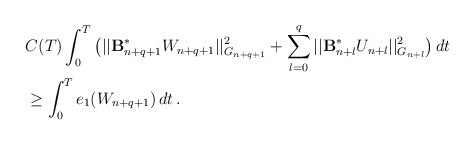
\begin{align*} &C(T) \int_0^T \big(||\mathcal{\mathbf{B}}_{n+q+1}^{\ast}W_{n+q+1}||_{G_{n+q+1}}^2 +\sum_{l=0}^{q} || \mathcal{\mathbf{B}}_{n+l}^{\ast}U_{n+l}||_{G_{n+l}}^2 \big)\, dt \\&\ge \int_0^T e_1(W_{n+q+1})\,dt\,.\end{align*}